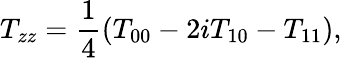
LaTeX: T_{zz}=\frac{1}{4}(T_{00}-2iT_{10}-T_{11}),